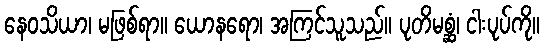
နေဝသိယာ၊ မဖြစ်ရာ။ ယောနရော၊ အကြင်သူသည်။ ပုတိမစ္ဆံ၊ ငါးပုပ်ကို။